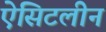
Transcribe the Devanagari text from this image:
ऐसिटलीन